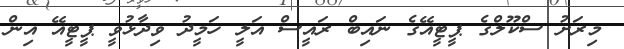
މިރަށު ސްކޫލްގެ ޕީޓީއޭގެ ނައިބް ރައީސް އަލީ ހަމީދު ވިދާޅުވީ ޕީޓީއޭ އިން